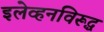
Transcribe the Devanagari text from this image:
इलेव्हनविरूद्ध